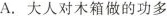
A.大人对木箱做的功多